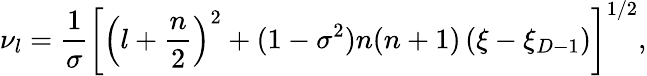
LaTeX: \nu_{l}=\frac{1}{\sigma}\left[\left(l+\frac{n}{2}\right)^{2}+(1-\sigma^{2})n(n+1)\left(\xi-\xi_{D-1}\right)\right]^{1/2},